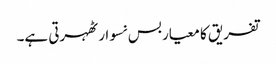
تفریق کا معیار بس نسوار ٹھہرتی ہے۔